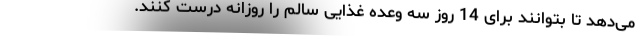
می‌دهد تا بتوانند برای 14 روز سه وعده غذایی سالم را روزانه درست کنند.